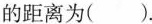
的距离为( ).